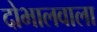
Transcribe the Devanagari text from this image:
दोभालवाला